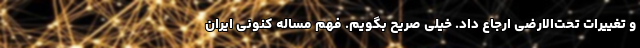
و تغییرات تحت‌الارضی ارجاع داد. خیلی صریح بگویم. فهم مساله کنونی ایران